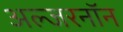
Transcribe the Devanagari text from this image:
अल्जरनॉन